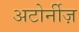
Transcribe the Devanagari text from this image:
अटोर्नीज़